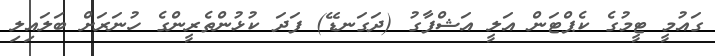
ގައުމީ ޓީމުގެ ކެޕްޓަން އަލީ އަޝްފާގު (ދަގަނޑޭ) ފަދަ ކުޅުންތެރީންގެ ހުނަރަށް ބަލައިލި